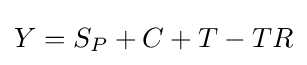
Y=S_{P}+C+T-TR